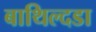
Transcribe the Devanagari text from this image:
बाथिल्दडा